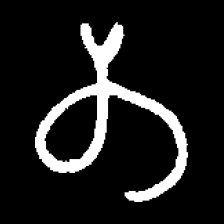
Pyu character \u2014 Myanmar letter: တ (romanized: ta)